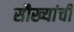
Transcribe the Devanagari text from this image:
सौख्यांची